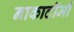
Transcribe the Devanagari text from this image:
नाकाटॉमी